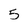
Character: 5